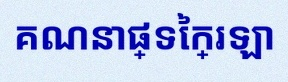
គណនាផ្ទៃក្រឡា